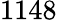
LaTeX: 1148